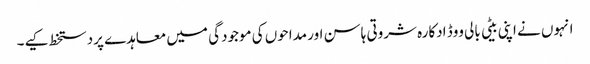
انہوں نے اپنی بیٹی بالی ووڈ ادکارہ شروتی ہاسن اور مداحوں کی موجودگی میں معاہدے پردستخط کیے۔